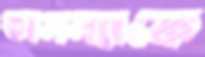
অনন্যাকে